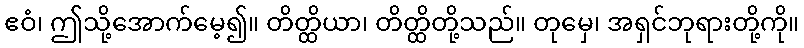
ဧဝံ၊ ဤသို့အောက်မေ့၍။ တိတ္ထိယာ၊ တိတ္ထိတို့သည်။ တုမှေ၊ အရှင်ဘုရားတို့ကို။